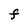
Character: F